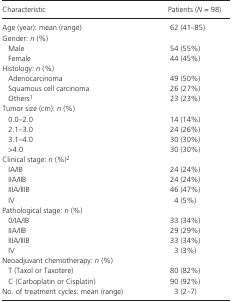
<table><thead><tr><td><b>Characteristic</b></td><td><b>Patients (<i>N</i> = 98)</b></td></tr></thead><tbody><tr><td>Age (year): mean (range)</td><td>62 (41–85)</td></tr><tr><td colspan="2">Gender: <i>n</i> (%)</td></tr><tr><td>Male</td><td>54 (55%)</td></tr><tr><td>Female</td><td>44 (45%)</td></tr><tr><td colspan="2">Histology: <i>n</i> (%)</td></tr><tr><td>Adenocarcinoma</td><td>49 (50%)</td></tr><tr><td>Squamous cell carcinoma</td><td>26 (27%)</td></tr><tr><td>Othersa</td><td>23 (23%)</td></tr><tr><td colspan="2">Tumor size (cm): <i>n</i> (%)</td></tr><tr><td>0.0–2.0</td><td>14 (14%)</td></tr><tr><td>2.1–3.0</td><td>24 (26%)</td></tr><tr><td>3.1–4.0</td><td>30 (30%)</td></tr><tr><td>&gt;4.0</td><td>30 (30%)</td></tr><tr><td colspan="2">Clinical stage: <i>n</i> (%)b</td></tr><tr><td>IA/IB</td><td>24 (24%)</td></tr><tr><td>IIA/IIB</td><td>24 (24%)</td></tr><tr><td>IIIA/IIIB</td><td>46 (47%)</td></tr><tr><td>IV</td><td>4 (5%)</td></tr><tr><td colspan="2">Pathological stage: <i>n</i> (%)</td></tr><tr><td>0/IA/IB</td><td>33 (34%)</td></tr><tr><td>IIA/IIB</td><td>29 (29%)</td></tr><tr><td>IIIA/IIIB</td><td>33 (34%)</td></tr><tr><td>IV</td><td>3 (3%)</td></tr><tr><td colspan="2">Neoadjuvant chemotherapy: <i>n</i> (%)</td></tr><tr><td>T (Taxol or Taxotere)</td><td>80 (82%)</td></tr><tr><td>C (Carboplatin or Cisplatin)</td><td>90 (92%)</td></tr><tr><td>No. of treatment cycles: mean (range)</td><td>3 (2–7)</td></tr></tbody></table>